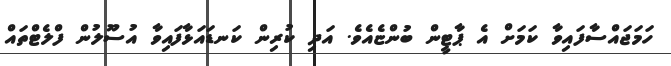
ހަމަޖައްސާފައިވާ ކަމަށް އެ ޕާޓީން ބުންޏެއެވެ. އަދި ކުރިން ކަނޑައަޅާފައިވާ އުސޫލުން ފްލެޓްތައް